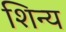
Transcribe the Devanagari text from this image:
शिन्य